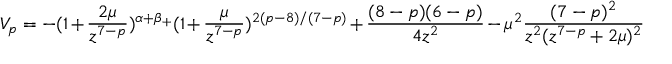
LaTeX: V _ { p } = - ( 1 + \frac { 2 \mu } { z ^ { 7 - p } } ) ^ { \alpha + \beta _ { + } } ( 1 + \frac { \mu } { z ^ { 7 - p } } ) ^ { 2 ( p - 8 ) / ( 7 - p ) } + \frac { ( 8 - p ) ( 6 - p ) } { 4 z ^ { 2 } } - \mu ^ { 2 } \frac { ( 7 - p ) ^ { 2 } } { z ^ { 2 } ( z ^ { 7 - p } + 2 \mu ) ^ { 2 } }